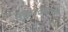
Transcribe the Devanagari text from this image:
किश्टवारी